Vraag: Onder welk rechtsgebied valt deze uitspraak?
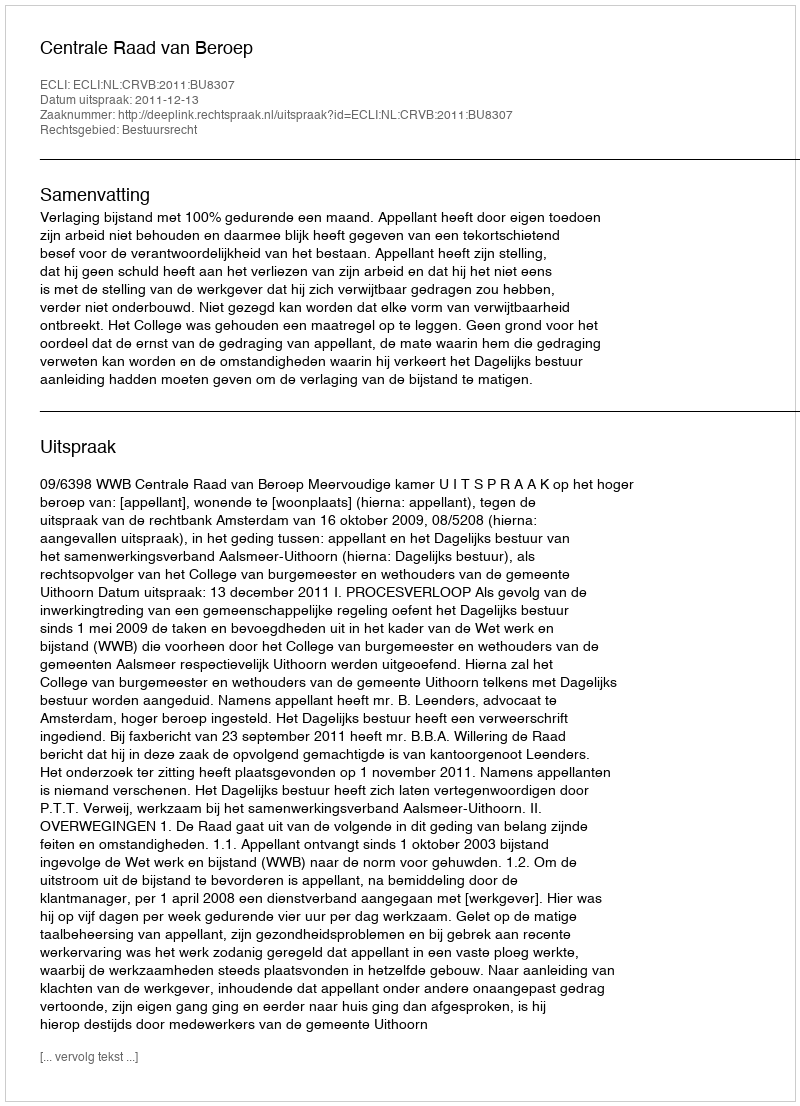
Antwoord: Bestuursrecht